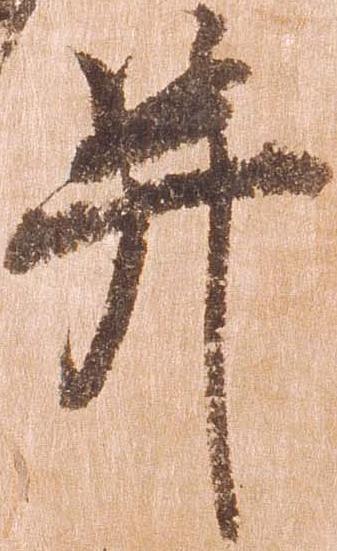
并